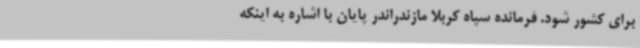
برای کشور شود. فرمانده سپاه کربلا مازندراندر پایان با اشاره به اینکه